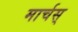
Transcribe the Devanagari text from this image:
मार्चस्